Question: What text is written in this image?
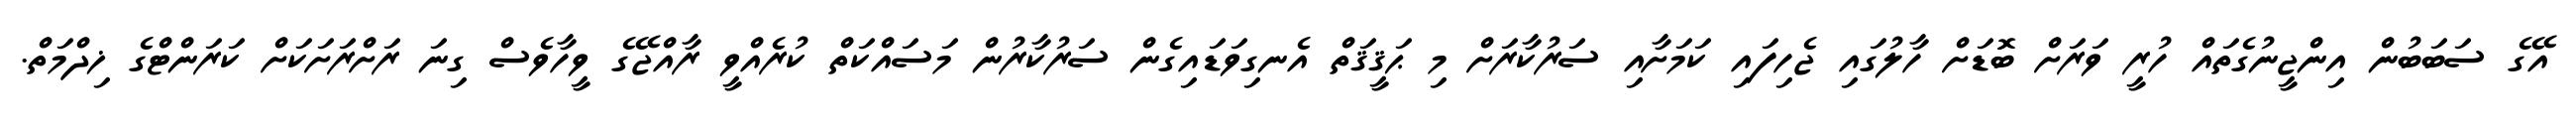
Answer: އޭގެ ސަބަބުން އިންޖީނުގެތައް ހުރީ ވަރަށް ބޮޑަށް ހާލުގައި ޖެހިފައި ކަމަށާއި ސަރުކާރަށް މި ޙަޤީޤަތް އެނގިވަޑައިގެން ސަރުކާރުން މަސައްކަތް ކުރެއްވީ ރާއްޖޭގެ ވީހާވެސް ގިނަ ރަށްރަށަކަށް ކަރަންޓްގެ ޚިދްމަތް.